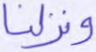
ونزلنا